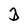
Character: D